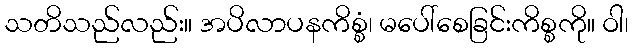
သတိသည်လည်း။ အပိလာပနကိစ္စံ၊ မပေါ်စေခြင်းကိစ္စကို။ ဝါ၊